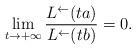
LaTeX: \begin{align*}\lim_{t\to+\infty}\frac{L^{\leftarrow}(ta)}{L^{\leftarrow}(tb)}=0.\end{align*}